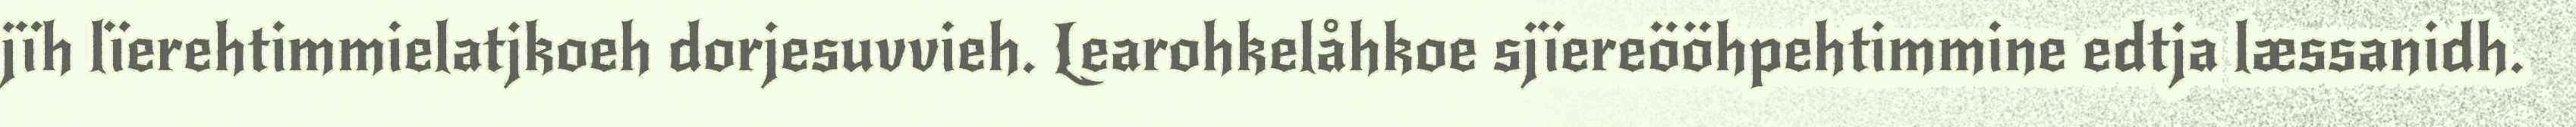
jïh lïerehtimmielatjkoeh dorjesuvvieh. Learohkelåhkoe sjïereööhpehtimmine edtja læssanidh.